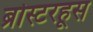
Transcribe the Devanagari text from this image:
ब्रोस्टरहूस